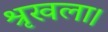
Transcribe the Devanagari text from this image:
श्रृखला।